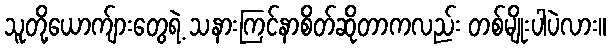
သူတို့ယောက်ျားတွေရဲ့ သနားကြင်နာစိတ်ဆိုတာကလည်း တစ်မျိုးပါပဲလား။